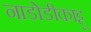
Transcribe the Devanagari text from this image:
नाडोडीकाट्टू